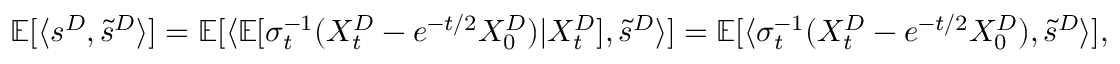
\begin{array} { r } { \mathbb { E } [ \langle s ^ { D } , \tilde { s } ^ { D } \rangle ] = \mathbb { E } [ \langle \mathbb { E } [ \sigma _ { t } ^ { - 1 } ( X _ { t } ^ { D } - e ^ { - t / 2 } X _ { 0 } ^ { D } ) | X _ { t } ^ { D } ] , \tilde { s } ^ { D } \rangle ] = \mathbb { E } [ \langle \sigma _ { t } ^ { - 1 } ( X _ { t } ^ { D } - e ^ { - t / 2 } X _ { 0 } ^ { D } ) , \tilde { s } ^ { D } \rangle ] , } \end{array}